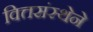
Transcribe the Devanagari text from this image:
वित्तसंस्थेने